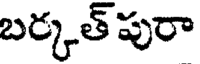
బర్కత్ పురా